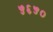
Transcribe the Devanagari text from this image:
५६५०